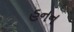
હનન